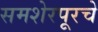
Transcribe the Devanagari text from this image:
समशेरपूरचे